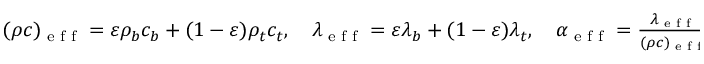
\begin{array} { r } { ( \rho c ) _ { \textrm { e f f } } = \varepsilon \rho _ { b } c _ { b } + ( 1 - \varepsilon ) \rho _ { t } c _ { t } , \quad \lambda _ { \textrm { e f f } } = \varepsilon \lambda _ { b } + ( 1 - \varepsilon ) \lambda _ { t } , \quad \alpha _ { \textrm { e f f } } = \frac { \lambda _ { \textrm { e f f } } } { ( \rho c ) _ { \textrm { e f f } } } , } \end{array}